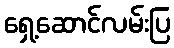
ရှေ့ဆောင်လမ်းပြ